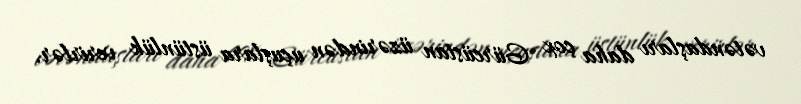
vətəndaşları daha çox Gürcüstan üzərindən uçuşlara üstünlük verirlər.